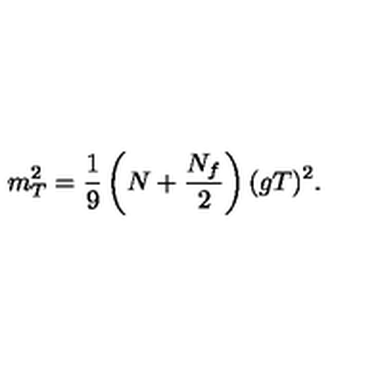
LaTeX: m _ { T } ^ { 2 } = \frac { 1 } { 9 } \left( N + \frac { N _ { f } } { 2 } \right) ( g T ) ^ { 2 } .